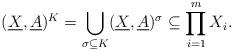
LaTeX: \begin{align*}(\underline{X},\underline{A})^{K}=\bigcup_{\sigma\subseteq K}(\underline{X},\underline{A})^{\sigma}\subseteq\prod^m_{i=1}X_i.\end{align*}